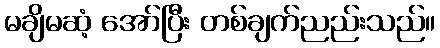
မချိမဆံ့ အော်ပြီး တစ်ချက်ညည်းသည်။